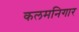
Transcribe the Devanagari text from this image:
कलमनिगार